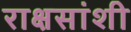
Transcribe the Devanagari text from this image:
राक्षसांशी